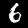
Label: 6